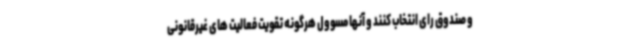
و صندوق رای انتخاب کنند و آنها مسوول هرگونه تقویت فعالیت های غیرقانونی